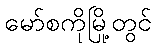
မော်စကိုမြို့တွင်